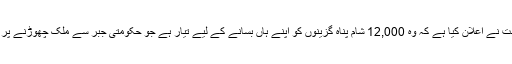
آسٹریلیا کی حکومت نے اعلان کیا ہے کہ وہ 12,000 شام پناہ گزینوں کو اپنے ہاں بسانے کے لیے تیار ہے جو حکومتی جبر سے ملک چھوڑنے پر مجبور ہوئے ہیں۔